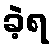
ခဲ့ရ